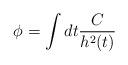
LaTeX: \begin{align*}\phi{}=\int{}dt\frac{C}{h^2(t)}\end{align*}